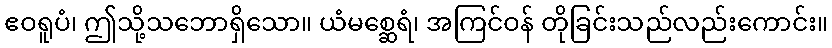
ဧဝရူပံ၊ ဤသို့သဘောရှိသော။ ယံမစ္ဆေရံ၊ အကြင်ဝန် တိုခြင်းသည်လည်းကောင်း။